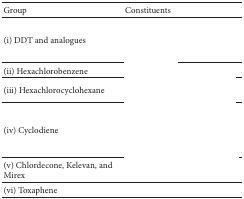
<table><thead><tr><td><b>Group</b></td><td><b>Constituents</b></td></tr></thead><tbody><tr><td>(i) DDT and analogues</td><td>[EMPTY_CELL]</td></tr><tr><td>(ii) Hexachlorobenzene</td><td>[EMPTY_CELL]</td></tr><tr><td>(iii) Hexachlorocyclohexane</td><td>[EMPTY_CELL]</td></tr><tr><td>(iv) Cyclodiene</td><td>[EMPTY_CELL]</td></tr><tr><td>(v) Chlordecone, Kelevan, and Mirex</td><td>[EMPTY_CELL]</td></tr><tr><td>(vi) Toxaphene</td><td>[EMPTY_CELL]</td></tr></tbody></table>